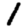
Digit: 1